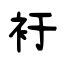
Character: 衧